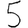
Digit: 5